Civil Veterinary Department. United Provinces 1923-31 - 1923-1931
Year: 1923
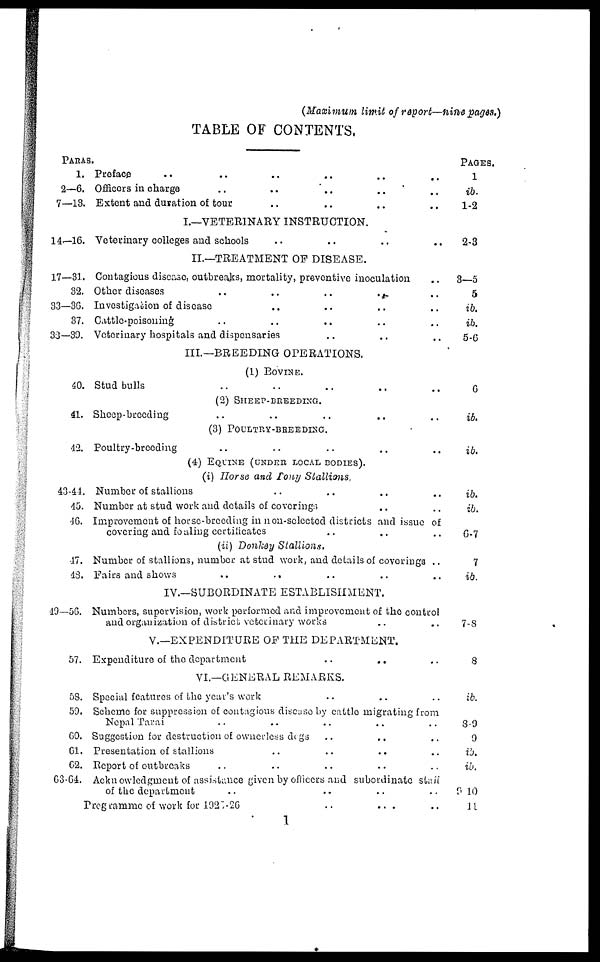
(Maximum limit of report—nine pages.)
TABLE OF CONTENTS.
PARAS.
1.
2—6.
7—13.
14-16.
17—31.
32.
33—36.
37.
38-39.
40.
41.
42.
43-44.
45.
46.
47.
48.
49—56.
57.
58.
59.
60.
61.
62.
63.64.
Preface .. .. .. .. .. ..
Officers in charge .. .. .. .. ..
Extent and duration of tour .. .. .. ..
I.—VETERINARY INSTRUCTION.
Veterinary colleges and schools .. .. .. ..
II.—TREATMENT OF DISEASE.
Contagious disease, outbreaks, mortality, preventive inoculation ..
Other diseases .. .. .. .. ..
Investigation of disease .. .. .. ..
Cattle-poisoning .. .. .. .. ..
Veterinary hospitals and dispensaries .. .. ..
III.—BREEDING OPERATIONS.
(1) BOVINE.
Stud bulls .. .. .. .. ..
(2) SHEEP-BREEDING.
Sheep-broeding .. .. .. .. ..
(3) POULTRY-BREEDING.
Poultry-brooding .. .. .. .. ..
(4) EQUINE (UNDER LOCAL BODIES).
(i) Horse and Tony Stallions.
Number of stallions .. .. .. ..
Number at stud work and details of coverings .. ..
Improvement of horse-breeding in non-selected districts and issue of
covering and foaling certificates .. .. ..
(ii) Donkey Stallions.
Number of stallions, number at stud work, and details of coverings ..
Fairs and shows .. .. .. .. ..
IV.—SUBORDINATE ESTABLISHMENT.
Numbers, supervision, work performed and improvement of the control
and organization of district veterinary works .. ..
V.—EXPENDITURE OF THE DEPARTMENT.
Expenditure of the department
..
.. ..
VI.—GENERAL REMARKS.
Special features of the year's work .. .. ..
Scheme for suppression of contagious disease by cattle migrating from
Nepal Tarai .. .. .. .. ..
Suggestion for destruction of ownerless dogs .. .. ..
Presentation of stallions .. .. .. .. ..
Report of outbreaks .. .. .. .. ..
Acknowledgment of assistance given by officers and subordinate staff
of the department .. .. .. ..
Programme of work for 1927-26 .. .. ..
PAGES
1
ib.
1-2
2-3
3—5
5
ib.
ib.
5-6
6
id.
ib.
ib.
ib.
G-7
7
ib.
7-8
8
ib.
8-9
9
ib.
ib.
9 10
11
1